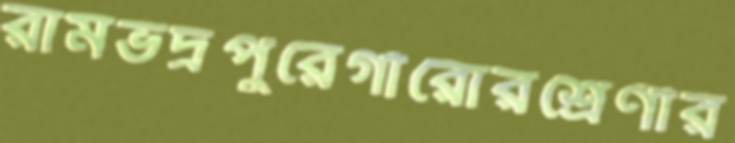
রামভদ্রপুরেগাঁরোরশ্রেণীর